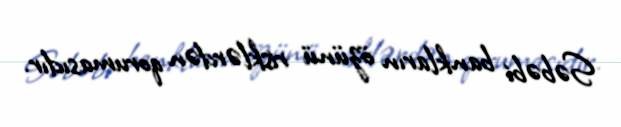
Səbəbi bankların özünü risklərdən qorumasıdır.